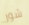
شور